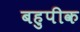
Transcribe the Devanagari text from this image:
बहुपीक